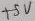
Text: +5V